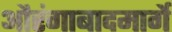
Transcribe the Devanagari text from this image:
औरंगाबादमार्गे